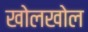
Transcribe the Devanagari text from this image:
खोलखोल